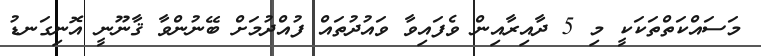
މަސައްކަތްތަކަކީ މި 5 ދާއިރާއިން ވެފައިވާ ވައުދުތައް ފުއްދުމަށް ބޭނުންވާ ޤާނޫނީ އޮނިގަނޑު